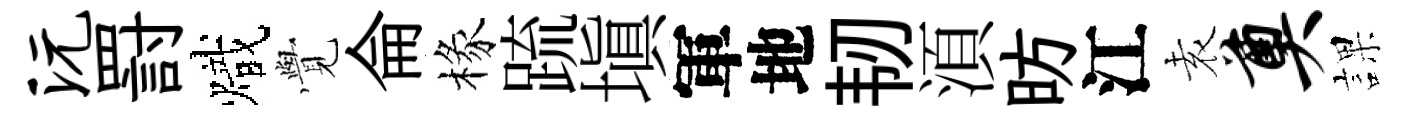
沅罸熾𮗜侖椽䟽塡軍地韧湏昉江𡊮奠課